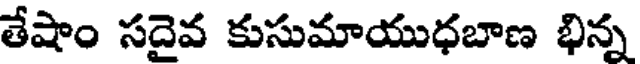
తేషాం సదైవ కుసుమాయుధబాణ భిన్న